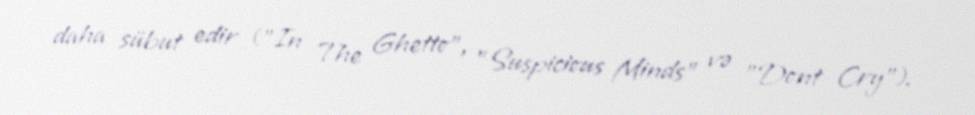
daha sübut edir ("In The Ghetto", "Suspicious Minds" və "Dont Cry").